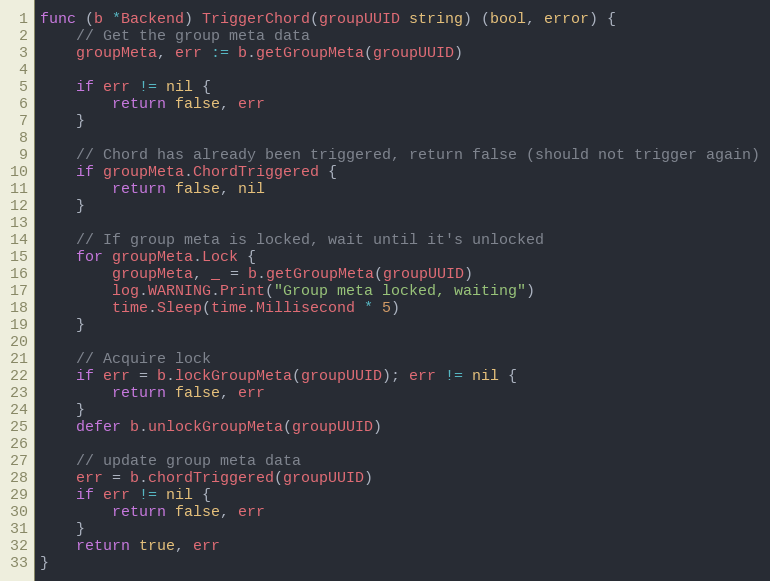
Language: Go
func (b *Backend) TriggerChord(groupUUID string) (bool, error) {
	// Get the group meta data
	groupMeta, err := b.getGroupMeta(groupUUID)

	if err != nil {
		return false, err
	}

	// Chord has already been triggered, return false (should not trigger again)
	if groupMeta.ChordTriggered {
		return false, nil
	}

	// If group meta is locked, wait until it's unlocked
	for groupMeta.Lock {
		groupMeta, _ = b.getGroupMeta(groupUUID)
		log.WARNING.Print("Group meta locked, waiting")
		time.Sleep(time.Millisecond * 5)
	}

	// Acquire lock
	if err = b.lockGroupMeta(groupUUID); err != nil {
		return false, err
	}
	defer b.unlockGroupMeta(groupUUID)

	// update group meta data
	err = b.chordTriggered(groupUUID)
	if err != nil {
		return false, err
	}
	return true, err
}